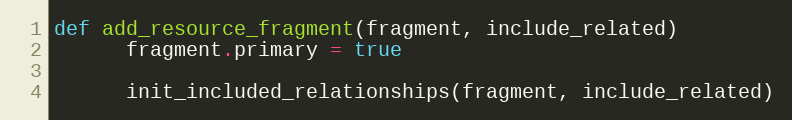
Language: Ruby
def add_resource_fragment(fragment, include_related)
      fragment.primary = true

      init_included_relationships(fragment, include_related)